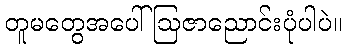
တူမတွေအပေါ် ဩဇာညောင်းပုံပါပဲ။